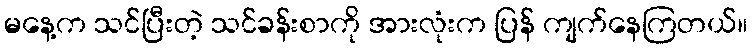
မနေ့က သင်ပြီးတဲ့ သင်ခန်းစာကို အားလုံးက ပြန် ကျက်နေကြတယ်။